Problem: 31 + 11 = ?
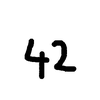
Handwritten answer: 42